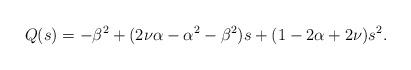
LaTeX: \begin{align*}Q(s)=-\beta^2 +(2\nu\alpha -\alpha^2 -\beta^2)s +(1-2\alpha+2\nu)s^2 .\end{align*}